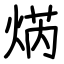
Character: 焫